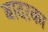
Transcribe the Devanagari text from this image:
बादरका